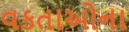
વકતાઓના